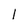
Character: 1